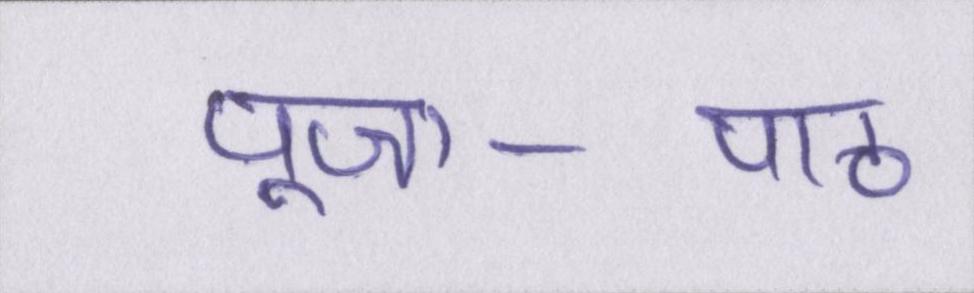
पूजा-पाठ